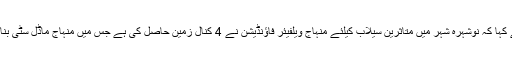
انہوں نے کہا کہ نوشہرہ شہر میں متاثرین سیلاب کیلئے منہاج ویلفیئر فاؤنڈیشن نے 4 کنال زمین حاصل کی ہے جس میں منہاج ماڈل سٹی بنایا جائیگا۔